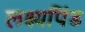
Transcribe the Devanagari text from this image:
लक्ष्यपिंड